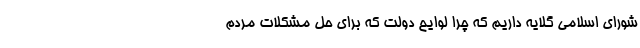
شورای اسلامی گلایه داریم که چرا لوایح دولت که برای حل مشکلات مردم